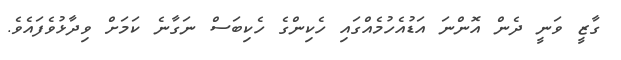
ގާޒީ ވަނީ ދެން އޮންނަ އަޑުއެހުމެއްގައި ހެކިންގެ ހެކިބަސް ނަގާނެ ކަމަށް ވިދާޅުވެފައެވެ.